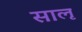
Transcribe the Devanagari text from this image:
साऌ